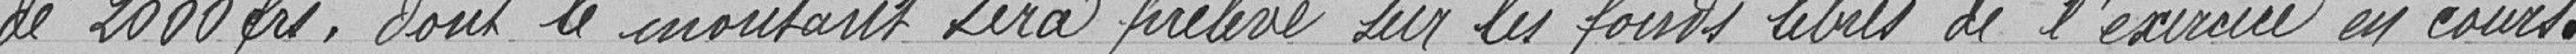
de 2000 francs dont le montant sera prélevé sur les fonds libres de l'exercice en cours.